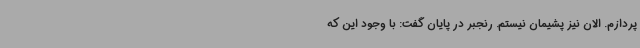
پردازم. الان نیز پشیمان نیستم. رنجبر در پایان گفت:‌ با وجود این که